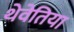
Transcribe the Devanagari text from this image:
थेवेतिया